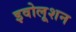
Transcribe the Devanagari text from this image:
इवोलूशन